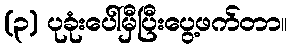
(၃) ပုခုံးပေါ်မှီပြီးပွေ့ဖက်တာ။